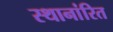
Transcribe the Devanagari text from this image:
स्थानांरित